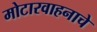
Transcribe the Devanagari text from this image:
मोटारवाहनाचे